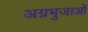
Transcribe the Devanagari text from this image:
अग्रभुजाओं